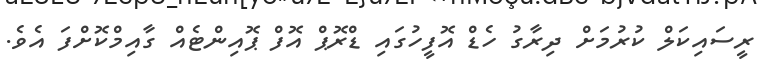
ރީސައިކަލް ކުރުމަށް ދިރާގު ހެޑް އޮފީހުގައި ޑްރޮޕް އޮފް ޕޮއިންޓެއް ގާއިމްކޮށްފަ އެވެ.